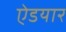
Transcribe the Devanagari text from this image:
ऐडयार